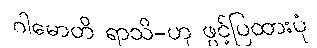
ဂါမောတိ ရာသိ-ဟု ဖွင့်ပြထားပုံ